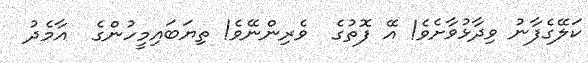
ކަލޭގެފާނު ވިދާޅުވާށެވެ! އޭ ފޮތުގެ  ވެރިންނޭވެ! ތިޔަބައިމީހުންގެ  އާމެދު